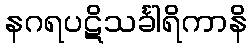
နဂရပဋိသင်္ခါရိကာနိ